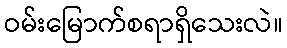
ဝမ်းမြောက်စရာရှိသေးလဲ။